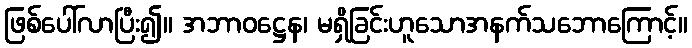
ဖြစ်ပေါ်လာပြီး၍။ အဘာဝဋ္ဌေန၊ မရှိခြင်းဟူသောအနက်သဘောကြောင့်။